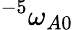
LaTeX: ^{-5}\omega_{A0}